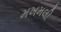
મખમલી